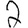
Digit: 2